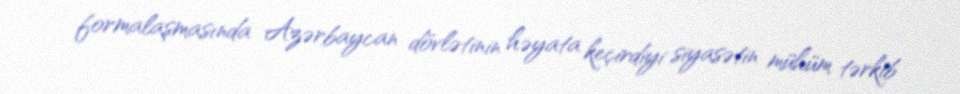
formalaşmasında Azərbaycan dövlətinin həyata keçirdiyi siyasətin mühüm tərkib